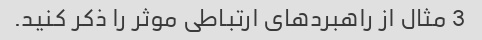
3 مثال از راهبردهای ارتباطی موثر را ذکر کنید.